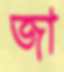
জা